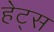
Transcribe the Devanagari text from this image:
हेट्स